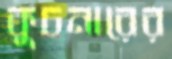
কুচনারের